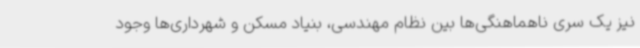
نیز یک سری ناهماهنگی‌ها بین نظام مهندسی، بنیاد مسکن و شهرداری‌ها وجود